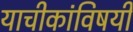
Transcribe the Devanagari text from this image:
याचीकांविषयी